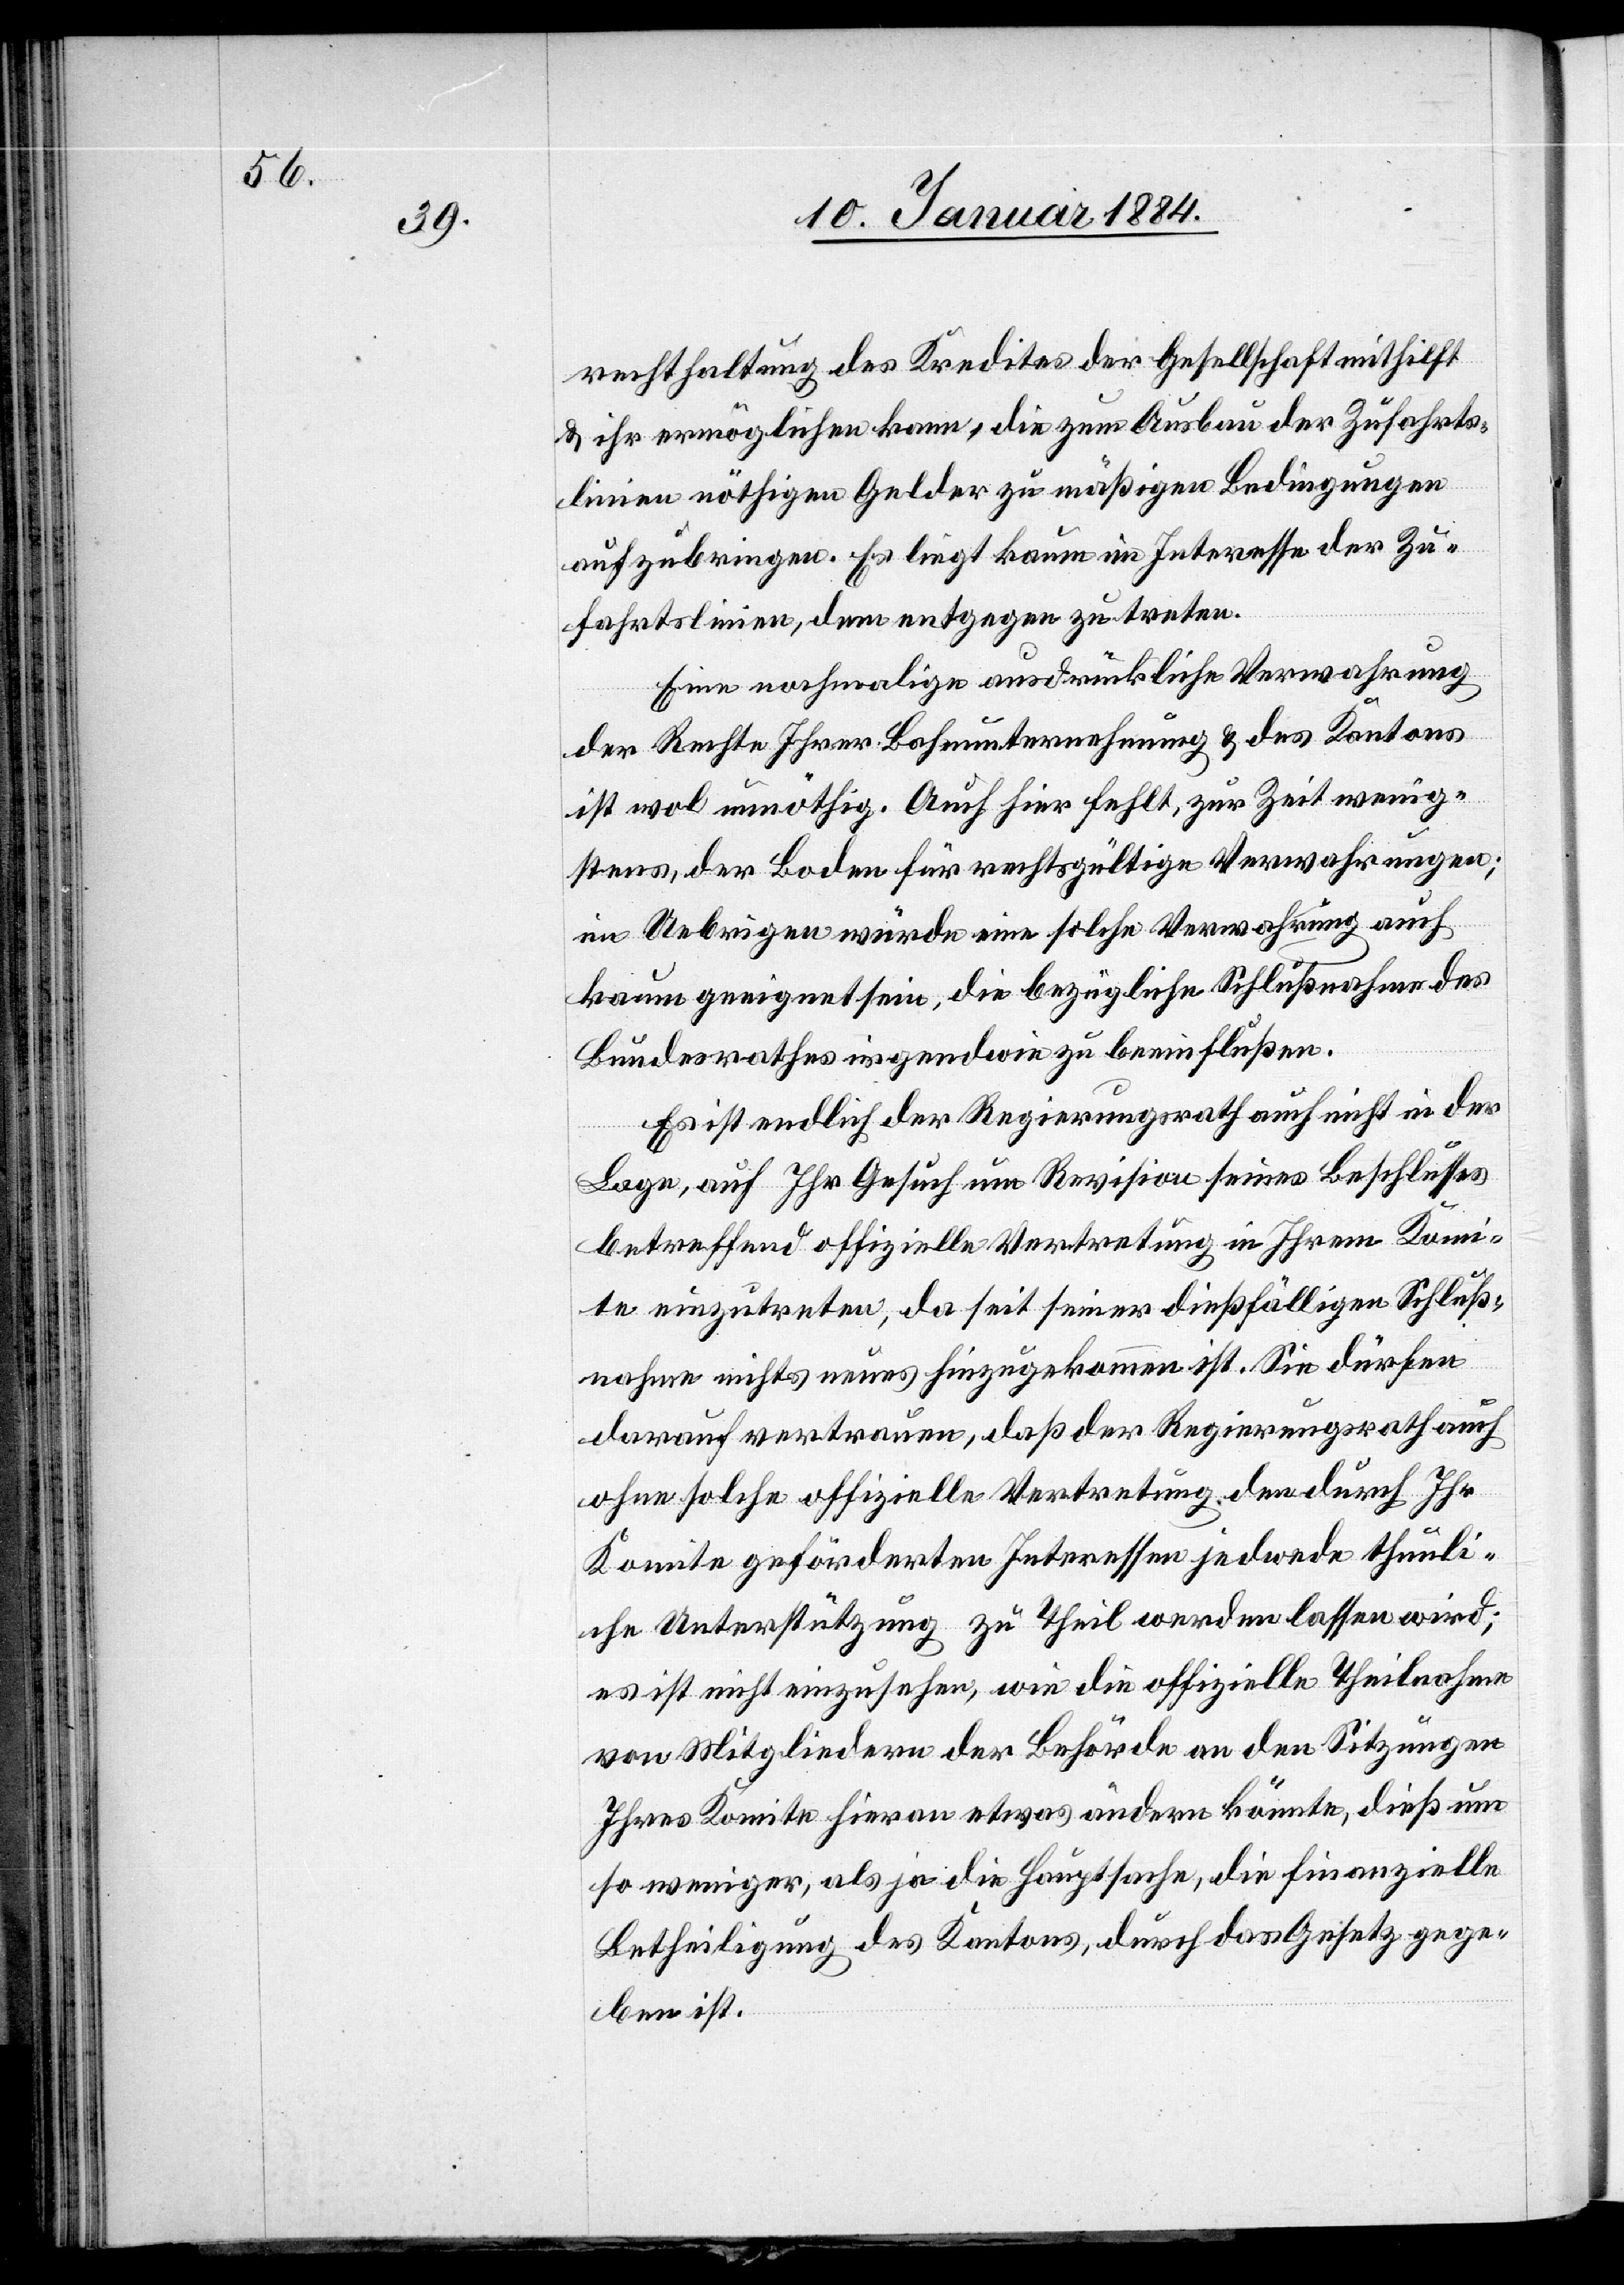
rechthaltung des Kredites der Gesellschaft mithilft
& ihr ermöglichen kann, die zum Ausbau der Zufahrts¬
linien nöthigen Gelder zu mäßigen Bedingungen
aufzubringen. Es liegt kaum im Interesse der Zu¬
fahrtslinien, dem entgegen zu treten.
Eine nochmalige ausdrückliche Verwahrung
der Rechte Ihrer Bahnunternehmung & des Kantons
ist wol unnöthig. Auch hier fehlt, zur Zeit wenig¬
stens, der Boden für rechtsgültige Verwahrungen;
im Uebrigen würde eine solche Verwahrung auch
kaum geeignet sein, die bezügliche Schlußnahme des
Bundesrathes irgendwie zu beeinflußen.
Es ist endlich der Regierungsrath auch nicht in der
Lage, auf Ihr Gesuch um Revision seines Beschlusses
betreffend offizielle Vertretung in Ihrem Komi¬
te einzutreten, da seit seiner dießfälligen Schluß¬
nahme nichts Neues hinzugekommen ist. Sie dürfen
darauf vertrauen, daß der Regierungsrath auch
ohne solche offizielle Vertretung den durch Ihr
Komite geförderten Interessen jedwede thunli¬
che Unterstützung zu Theil werden lassen wird;
es ist nicht einzusehen, wie die offizielle Theilnahme
von Mitgliedern der Behörde an den Sitzungen
Ihres Komite hieran etwas ändern könnte, dieß um
so weniger, als ja die Hauptsache, die finanzielle
Betheiligung des Kantons, durch das Gesetz gege¬
ben ist.